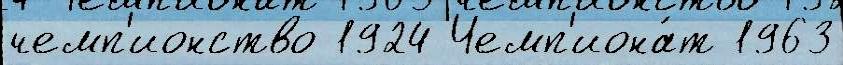
чемп'ионство 1924 Чемп'иона́т 1963